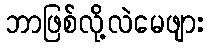
ဘာဖြစ်လို့လဲမေဖျား